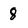
Character: 8